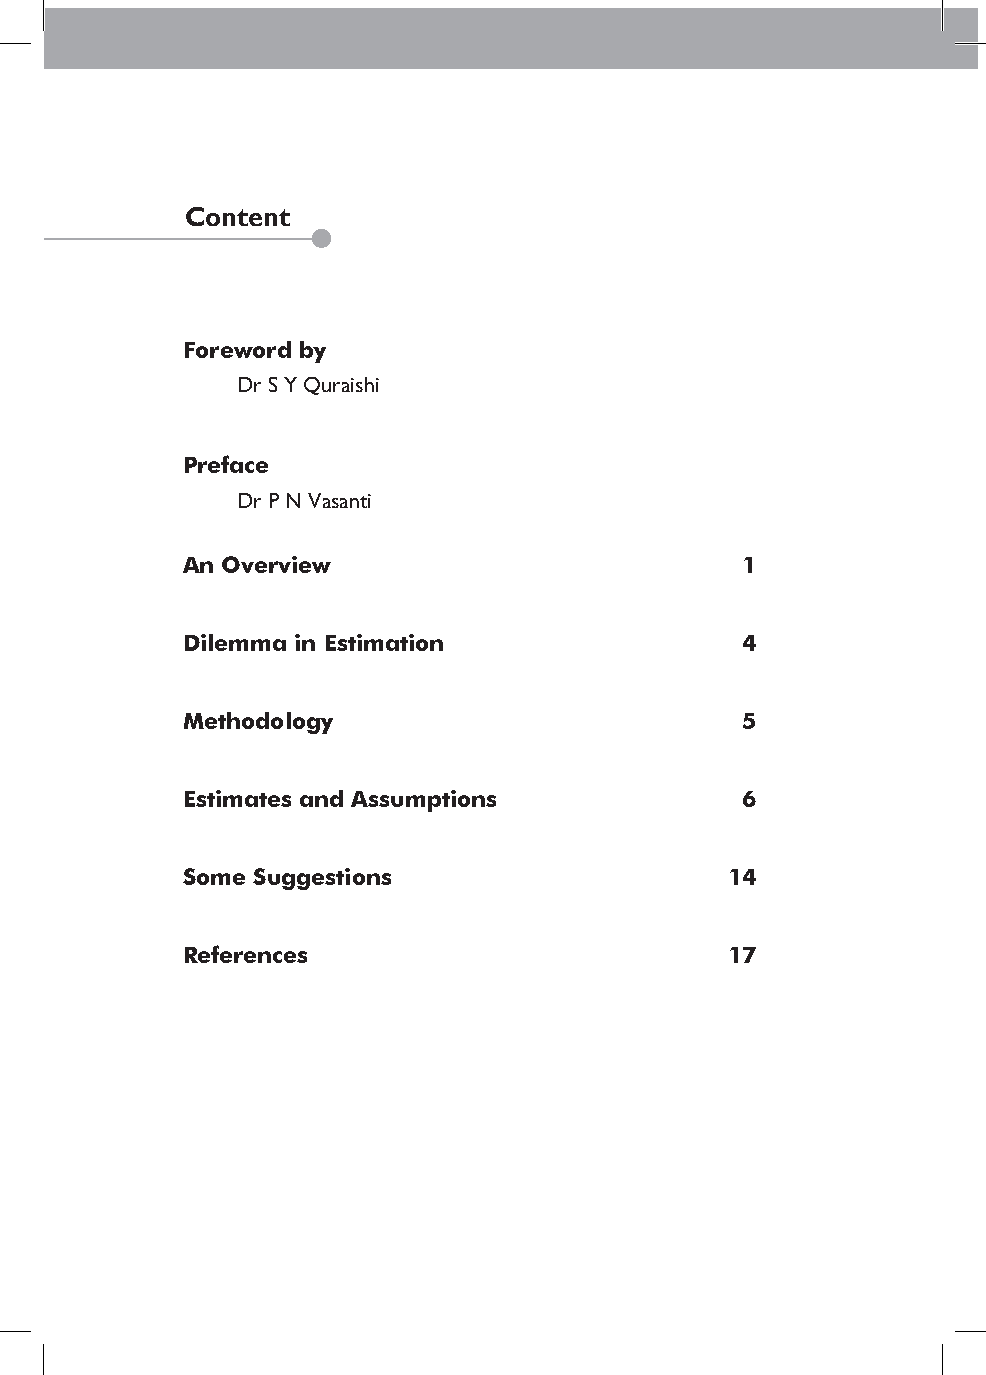
Content
 Foreword by
 Dr S Y Quraishi
 Preface
 Dr P N Vasanti
 An Overview                          1
 Dilemma in Estimation                4
 Methodology                          5
 Estimates and Assumptions            6
 Some Suggestions                    14
 References                          17